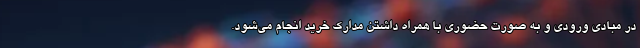
در مبادی ورودی و به صورت حضوری با همراه داشتن مدارک خرید انجام می‌شود.